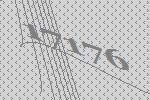
17176